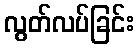
လွတ်လပ်ခြင်း